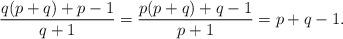
LaTeX: \begin{align*}\frac{q(p+q)+p-1}{q+1}=\frac{p(p+q)+q-1}{p+1}=p+q-1.\end{align*}